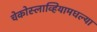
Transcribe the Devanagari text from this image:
चेकोस्लाव्हियामधल्या